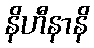
နိဟီနာနိ